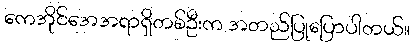
ကေအိုင်အေအရာရှိတစ်ဦးက အတည်ပြုပြောပါတယ်။